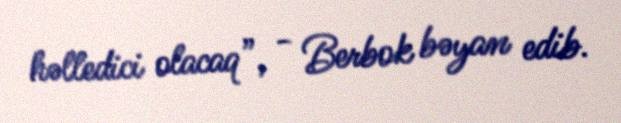
həlledici olacaq”, - Berbok bəyan edib.